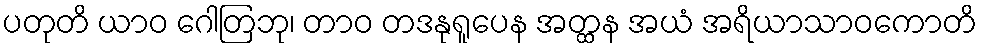
ပတုတိ ယာဝ ဂေါတြဘု၊ တာဝ တဒနုရူပေန အတ္ထန အယံ အရိယာသာဝကောတိ